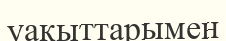
уақыттарымен